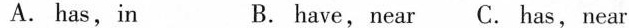
A. has,in B. have,near C. has, near